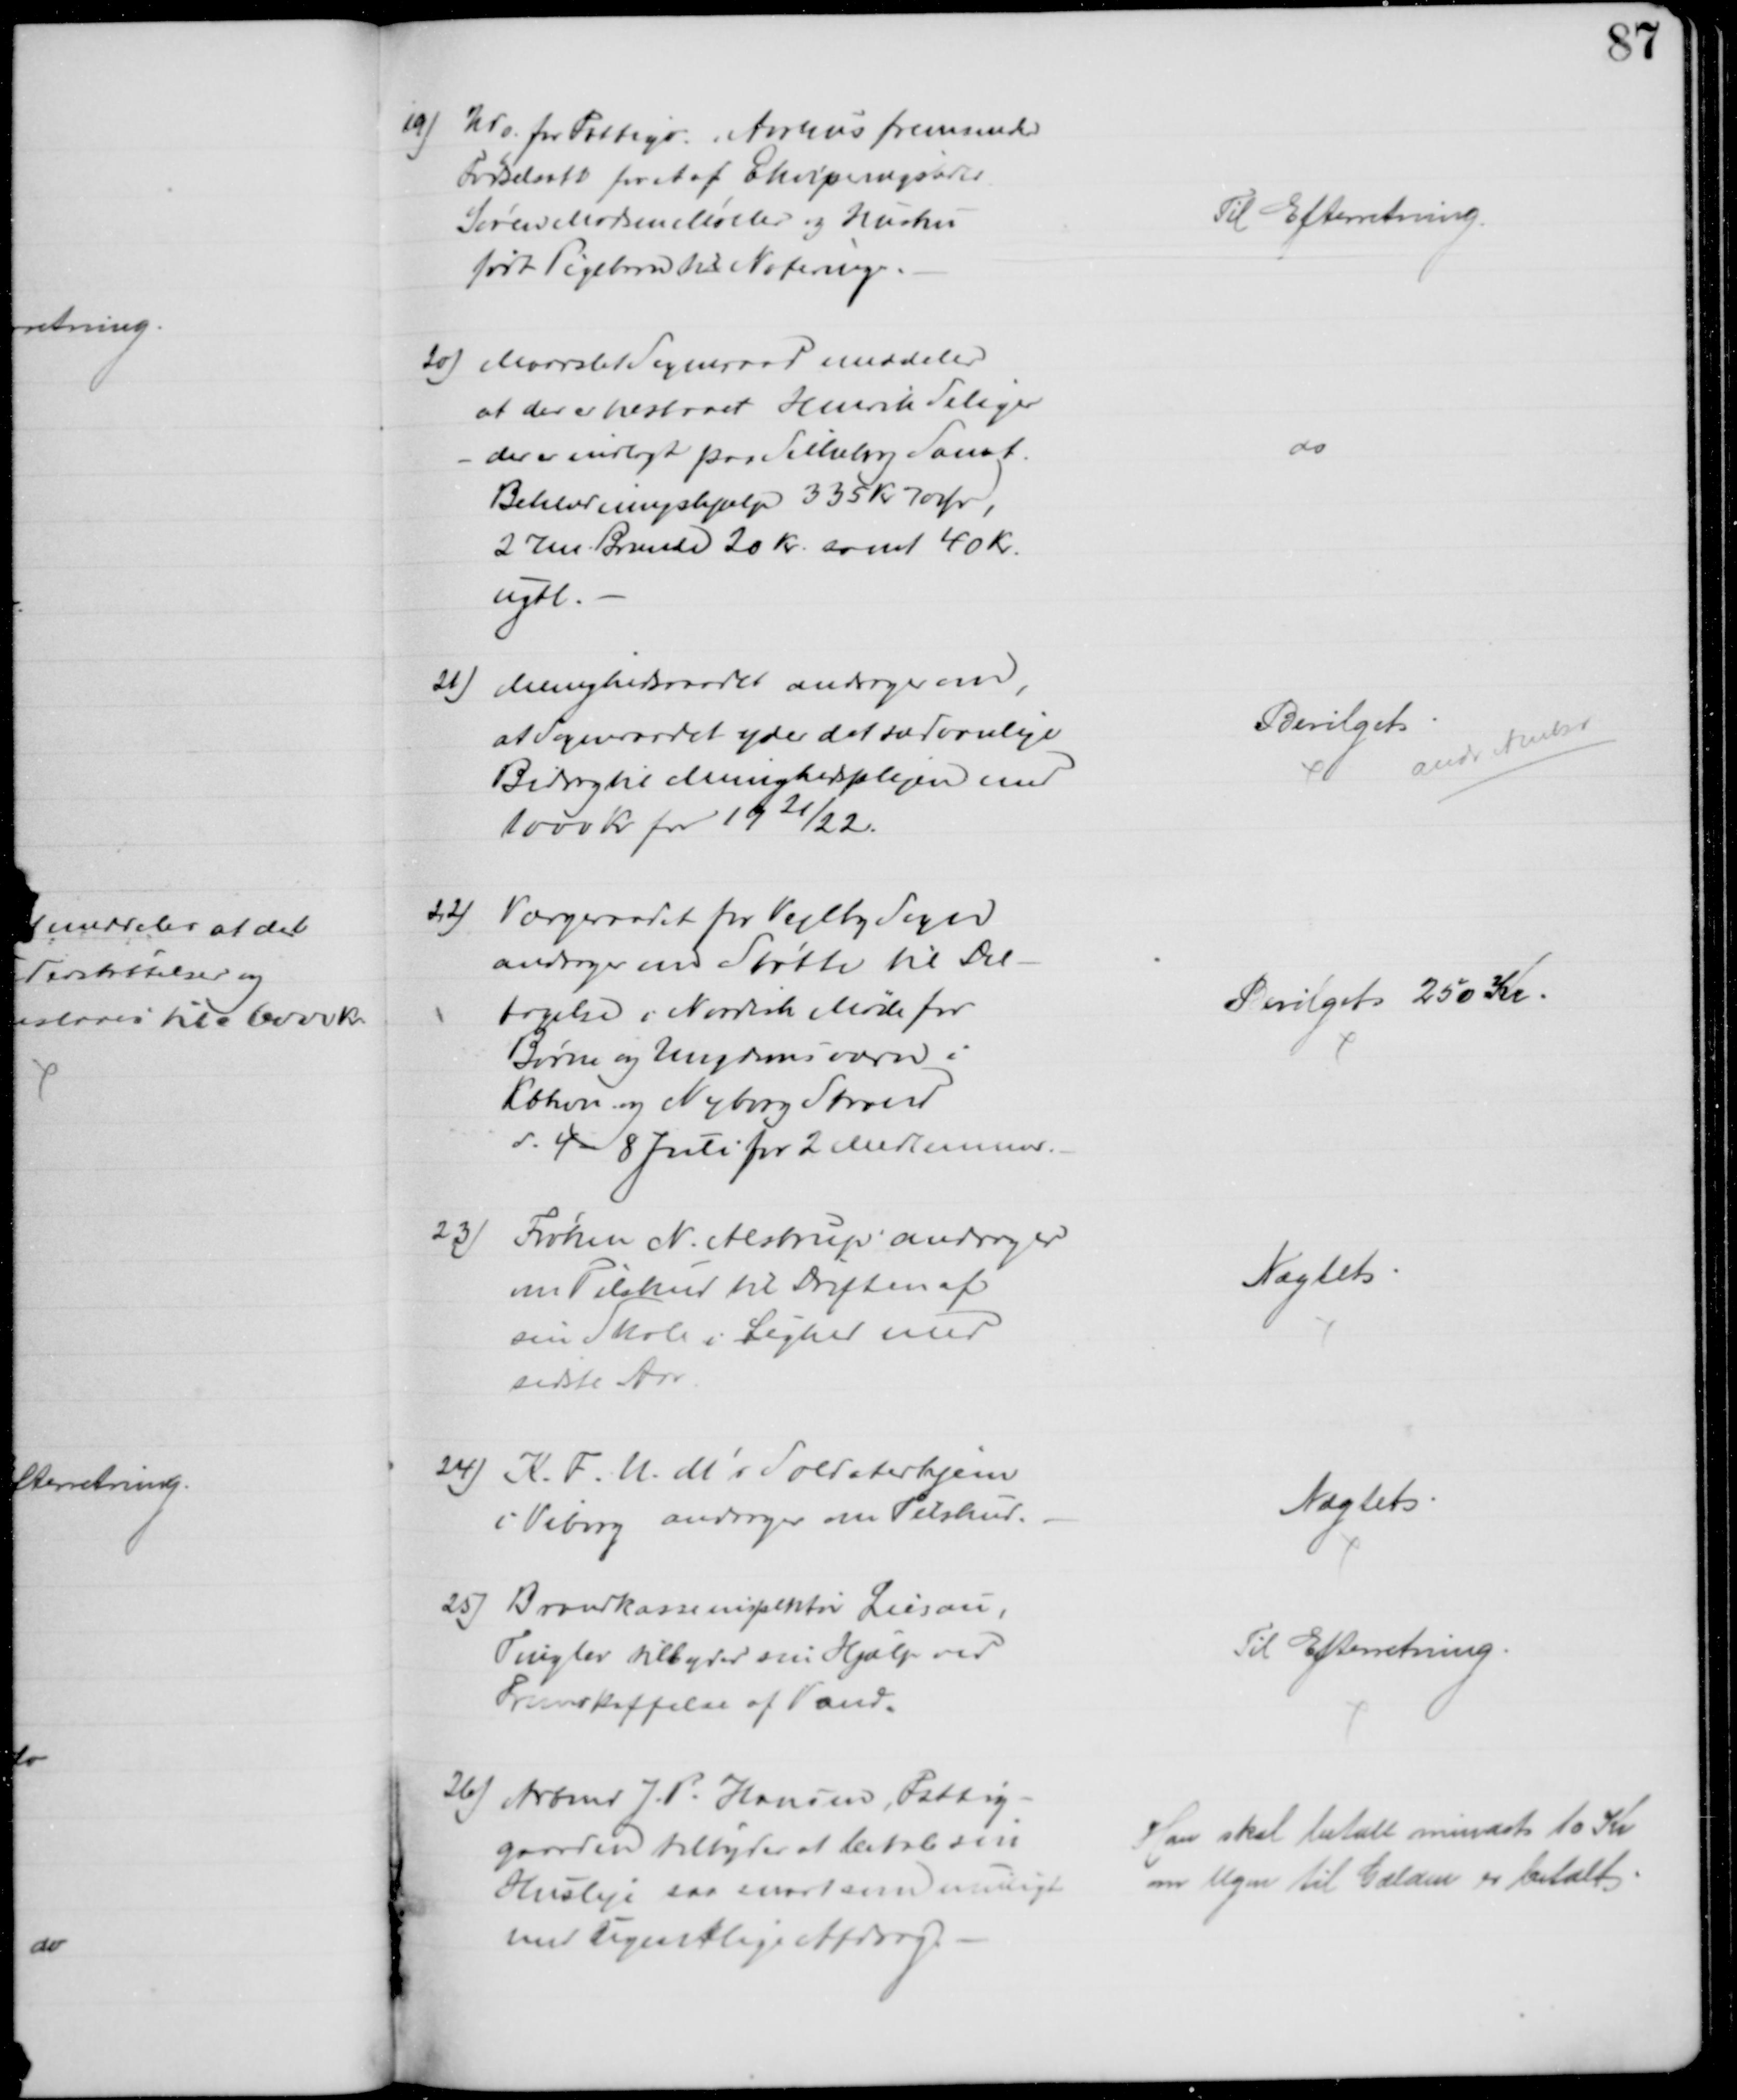
Transskription:
19) Udv. for Fattigv. i Aarhus fremsender
Fødselsatt for et af Ekviperingshdlr
Søren Madsen Møller og Hustru
født Pigebarn til Notering.
Til Efterretning.
20) Maarslet Sogneraad meddeler
at der er tilstaaet Henrik Seliger
- der er indlagt paa Silkeborg Sanat.
Beklædningshjælp 335 Kr. 70 Ør.,
2 rm. Brænde 20 Kr. samt 40 Kr.
ugtl.
do
21)
Menighedsraadet andrager om,
at Sogneraadet yder det sædvanlge
Bidrag til Menighedsplejen med
1000 Kr for 1921/22.
Bevilget
andr Amtet
22)
Værgeraadet for Vejlby Sogn
andrager om Støtte til Del-
tagelse i Nordisk Møde for
Børne og Ungdomsværn i
Kbhvn og Nyborg Strand
d. 4 - 8 Juli for 2 Medlemmer.
Bevilget 250 Kr.
23)
Frøken N. Alstrup andrager
om Tilskud til Driften af
sin Skole i Lighed med
sidste Aar
Nægtet
24)
K.F.U. M´s Soldaterhjem
i Viborg andrager om Tilskud.
Nægtet
25) Brandkasseinspektør Liesau,
Tinglev tilbyder sin Hjælp ved
Fremskaffelse af Vand.
Til Efterretning
26) Arbmd. J. P. Hansen, Fattig-
gaarden tilbyder at betale sin
Husleje saa snart som muligt
med ugentlige Afdrag.
Han skal betale mindst 10 Kr
om Ugen til Gælden er betalt